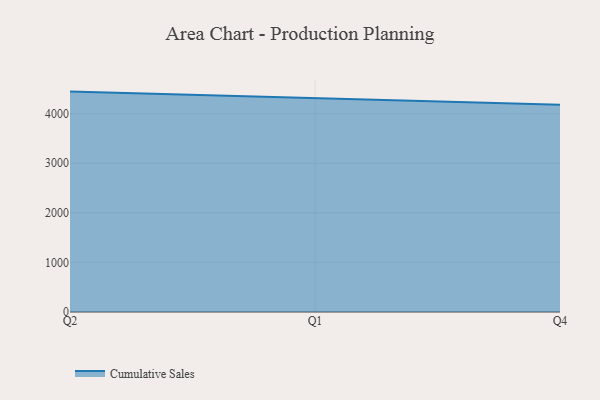
{"axis": {"x": "Quarter", "y": "Shipments"}, "legend": ["Cumulative Sales"], "data": [{"x": "Q2", "y": 4443.4, "type": "Cumulative Sales"}, {"x": "Q1", "y": 4315.0, "type": "Cumulative Sales"}, {"x": "Q4", "y": 4176.1, "type": "Cumulative Sales"}]}